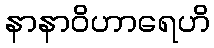
နာနာဝိဟာရေဟိ